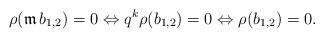
LaTeX: \begin{align*}\rho(\mathfrak{m}\, b_{1,2}) =0 \Leftrightarrow q^k \rho (b_{1,2}) = 0 \Leftrightarrow \rho(b_{1,2})=0.\end{align*}